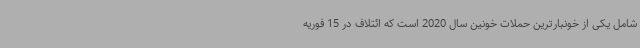
شامل یکی از خونبارترین حملات خونین سال 2020 است که ائتلاف در 15 فوریه